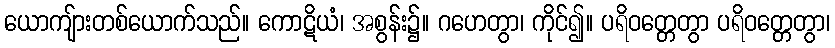
ယောကျ်ားတစ်ယောက်သည်။ ကောဋိယံ၊ အစွန်း၌။ ဂဟေတွာ၊ ကိုင်၍။ ပရိဝတ္တေတွာ ပရိဝတ္တေတွာ၊